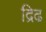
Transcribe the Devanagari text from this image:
द्रिढ